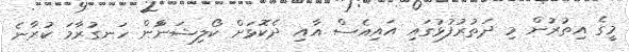
މީގެ އިތުރުން މި ދަތުރުފުޅުގައި އައިއެސް އާއި ދެކޮޅަށް ކޯލިޝަންުން ހަނގުރާމަ ކުރާނެ